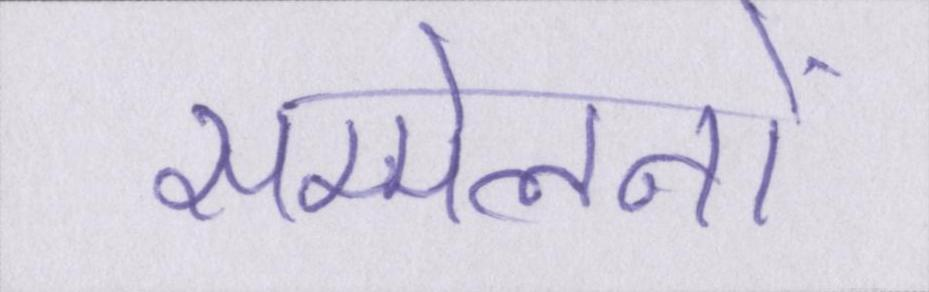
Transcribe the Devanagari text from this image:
सम्मेलनों